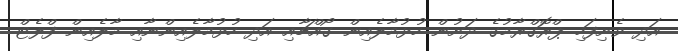
އަދި ވެށިފަހި ޕްރޮގްރާމުގެ ދަށުން ހުޅުމާލެއިން ގޯއްޗާއި އަދި ހުޅުމާލެއިންނާއި މާލެއިން ފްލެޓް